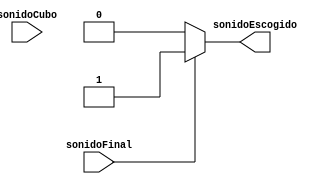
`timescale 1ns / 1ps
//////////////////////////////////////////////////////////////////////////////////
// Company: 
// Engineer: 
// 
// Design Name: 
// Module Name:    MuxSonido 
// Project Name: 
// Target Devices: 
// Tool versions: 
// Description: 
//
// Dependencies: 
//
// Revision: 
// Revision 0.01 - File Created
// Additional Comments: 
//
//////////////////////////////////////////////////////////////////////////////////
module MuxSonido(
	
	input sonidoCubo,
	input sonidoFinal,
	output sonidoEscogido
    );
	 
	 reg sonido;
	 
	 always @(*)begin
		if(sonidoCubo)begin 
			sonido <= sonidoCubo;
		end
		if(sonidoFinal)begin
			sonido <= sonidoFinal;
		end
		else begin
			sonido <=0;
		end
	 end
	 
	 
	 assign sonidoEscogido = sonido;
	 
	 


endmodule